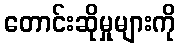
တောင်းဆိုမှုများကို